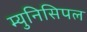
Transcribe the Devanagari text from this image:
म्‍युनिसिपल